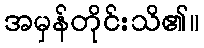
အမှန်တိုင်းသိ၏။